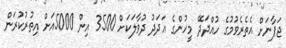
ޖަޕާނަށް އެތެރެވުމުގެ ހުއްދަދޭ މީހުންގެ އަދަދު ދުވާލަކަށް 3500 އިން 5000އަށް އިތުރުކުރަން